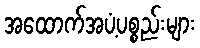
အထောက်အပံ့ပစ္စည်းများ